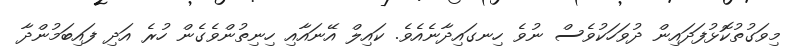
މިވަގުތުކޮޅުފަދައިން ދުވަހަކުވެސް ނުވެ ހިނގައިދާނެއެވެ. ކައިލް އޭނައާއި ހިނިތުންވެގެން ހުރެ އަދި ފައިބަމުންދާ